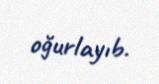
oğurlayıb.